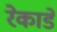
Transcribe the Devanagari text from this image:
रेकाडे